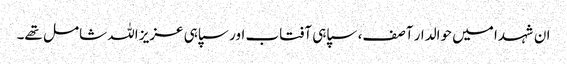
ان شہدا میں حوالدار آصف، سپاہی آفتاب اور سپاہی عزیز اللہ شامل تھے۔